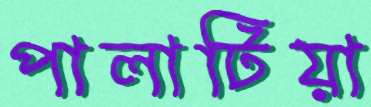
পালাটিয়া